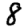
Digit: 8